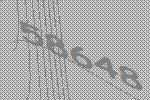
58648